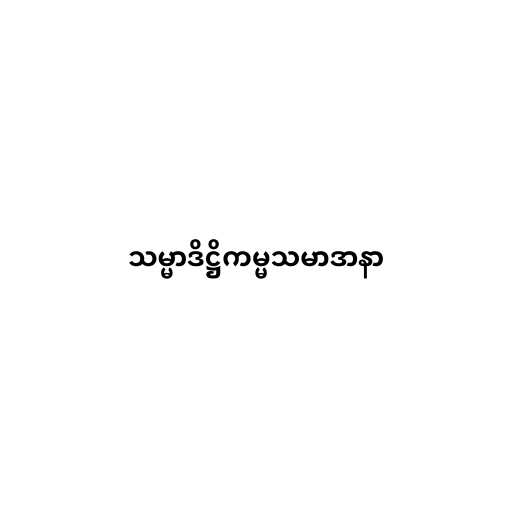
သမ္မာဒိဋ္ဌိကမ္မသမာဒာနာ